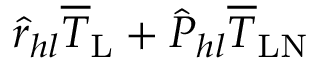
\hat { r } _ { h l } \overline { { T } } _ { \mathrm { L } } + \hat { P } _ { h l } \overline { { T } } _ { \mathrm { L N } }